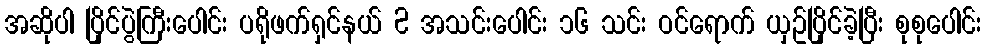
အဆိုပါ ပြိုင်ပွဲကြီးပေါင်း ပရိုဖက်ရှင်နယ် 2 အသင်းပေါင်း ၁၆ သင်း ဝင်ရောက် ယှဥ်ပြိုင်ခဲ့ပြီး စုစုပေါင်း